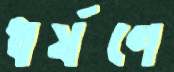
ধর্ষণে